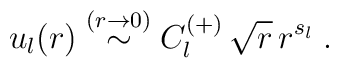
u_{l}(r)  \stackrel{(r \rightarrow 0 )}{\sim} C^{(+)}_{l}\,\sqrt{r}\,r^{ s_{l}}\; .